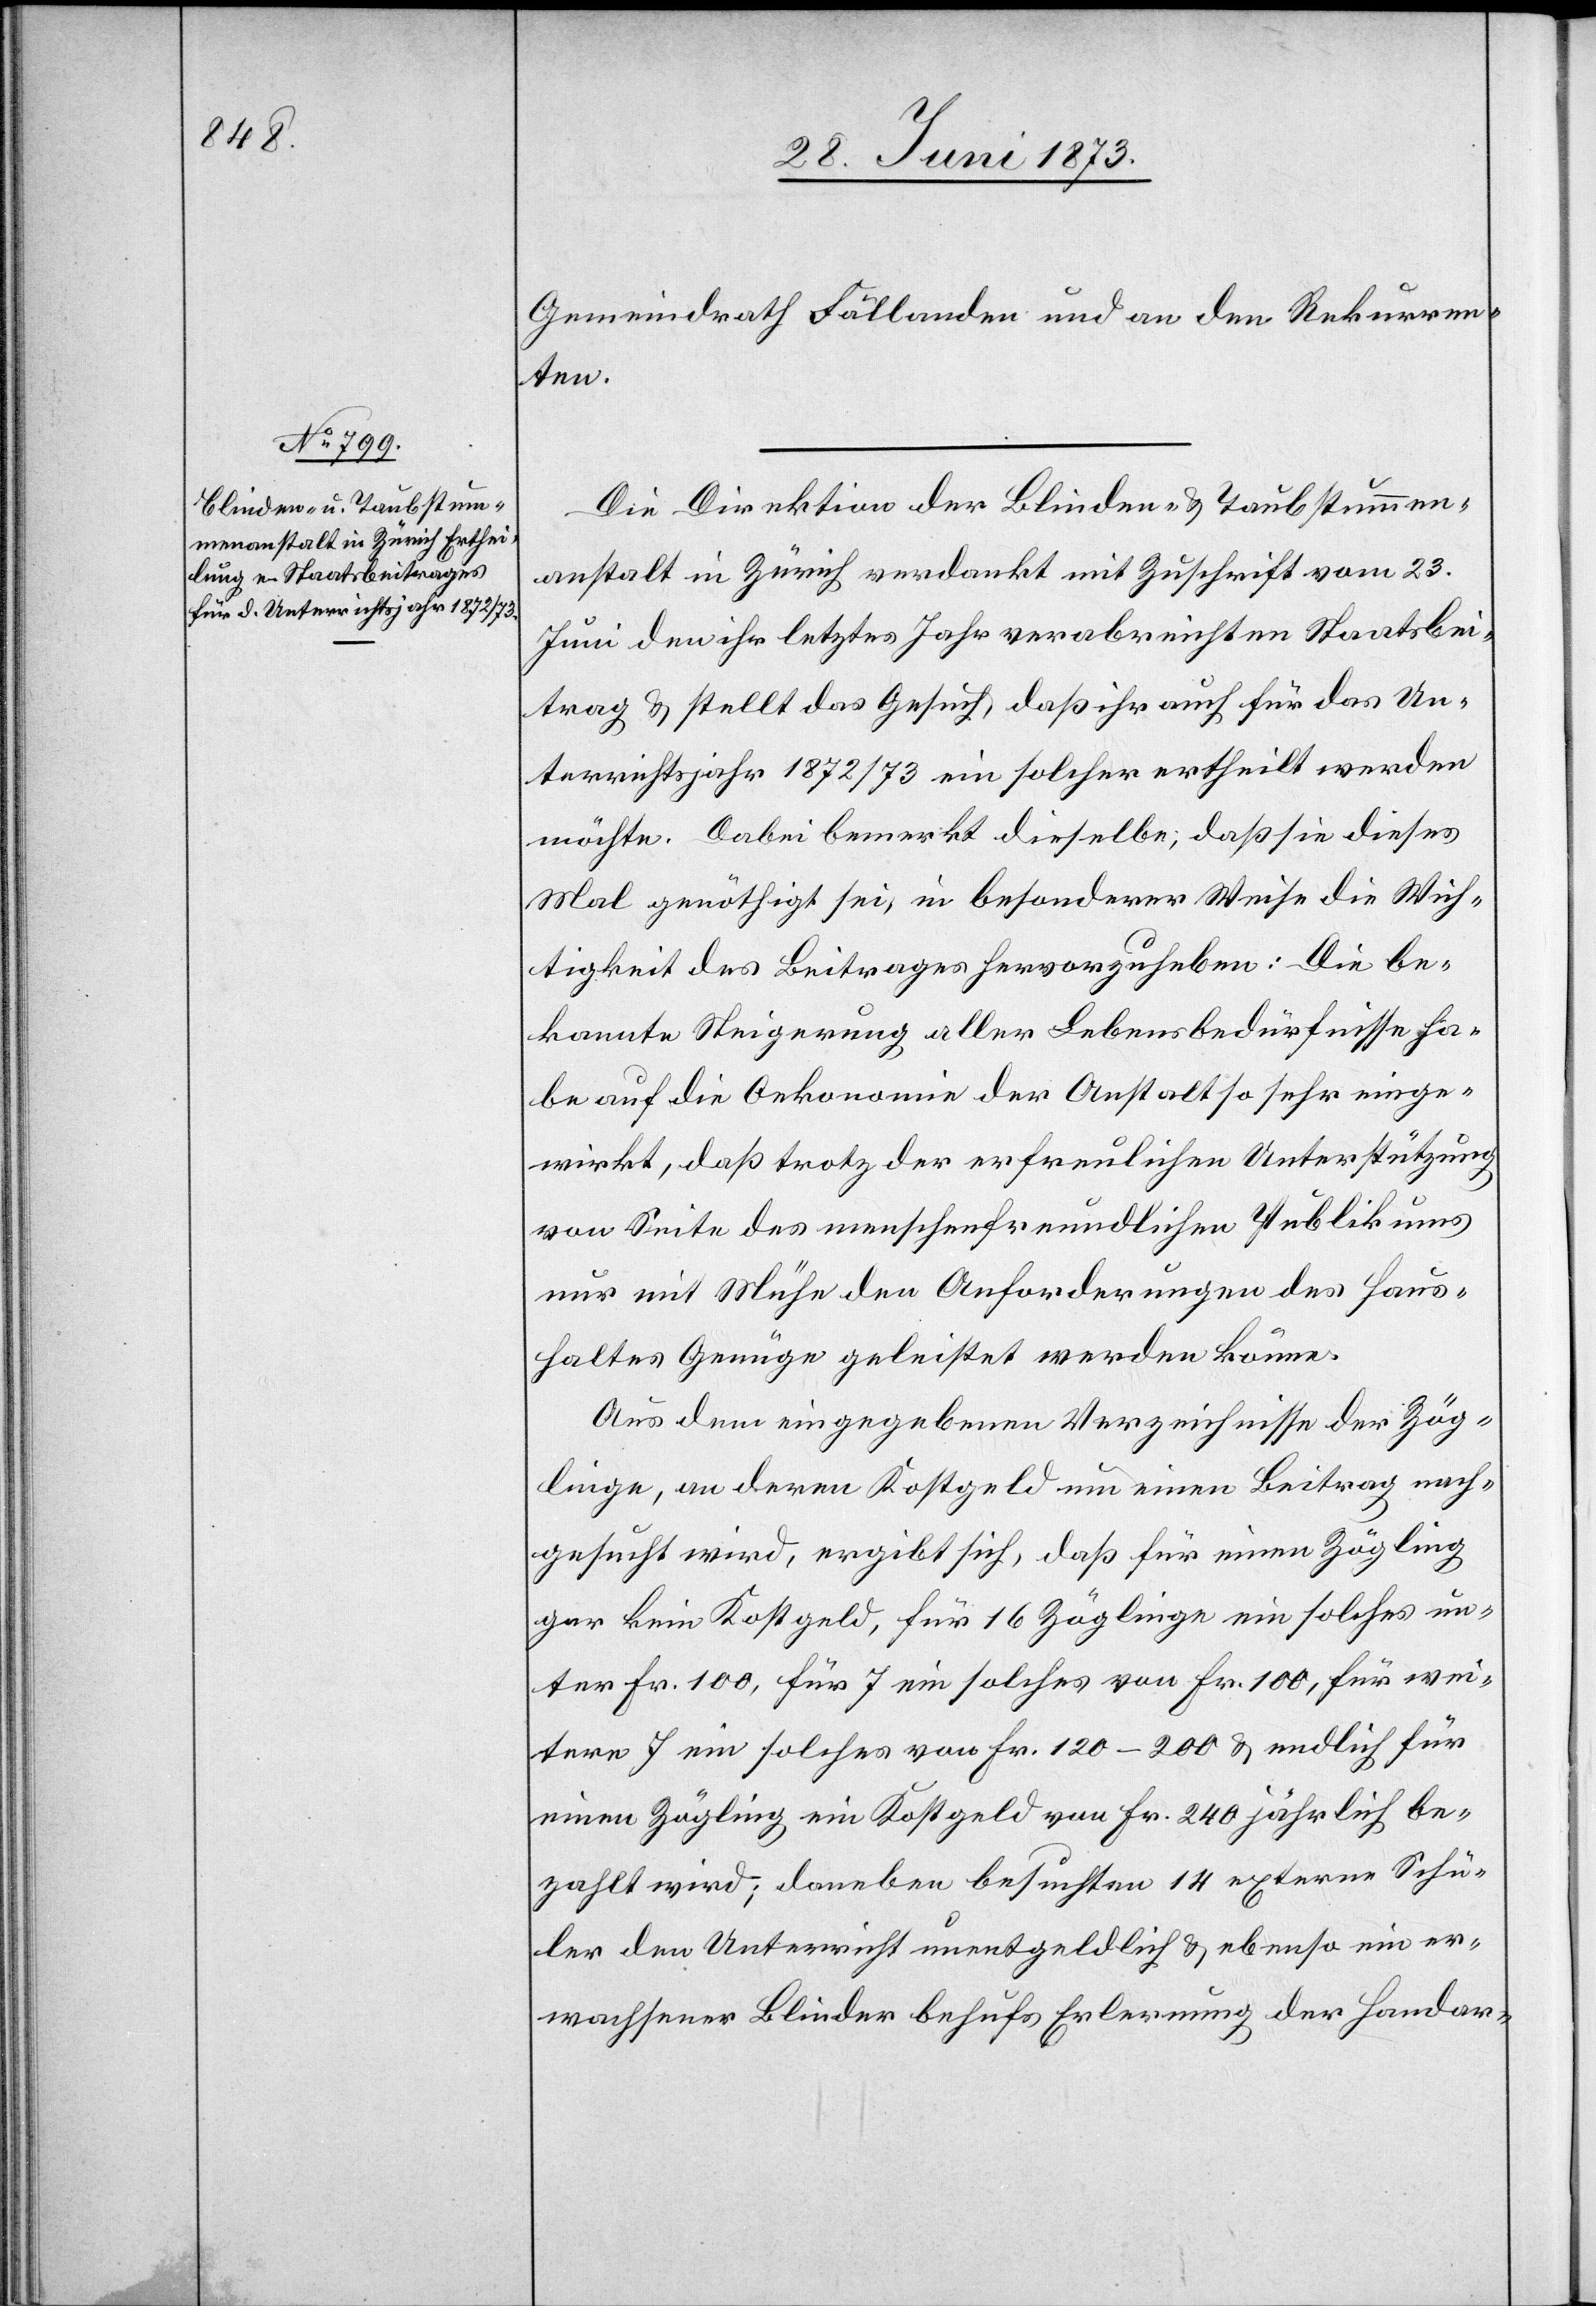
Gemeindrath Fällanden und an den Rekurren¬
ten.
Die Direktion der Blinden- & Taubstummen¬
anstalt in Zürich verdankt mit Zuschrift vom 23.
Juni den ihr letztes Jahr verabreichten Staatsbei¬
trag & stellt das Gesuch, daß ihr auch für das Un¬
terrichtsjahr 1872/73 ein solcher ertheilt werden
möchte. Dabei bemerkt dieselbe, daß sie dieses
Mal genöthigt sei, in besonderer Weise die Wich¬
tigkeit des Beitrages hervorzuheben: Die be¬
kannte Steigerung aller Lebensbedürfnisse ha¬
be auf die Oekonomie der Anstalt so sehr einge¬
wirkt, daß trotz der erfreulichen Unterstützung
von Seite des menschenfreundlichen Publikums
nur mit Mühe den Anforderungen des Haus¬
haltes Genüge geleistet werden könne.
Aus dem eingegebenen Verzeichnisse der Zög¬
linge, an deren Kostgeld um einen Beitrag nach¬
gesucht wird, ergibt sich, daß für einen Zögling
gar kein Kostgeld, für 16 Zöglinge ein solches un¬
ter Fr. 100, für 7 ein solches von Fr. 100, für wei¬
tere 7 ein solches von Fr. 120–200 & endlich für
einen Zögling ein Kostgeld von Fr. 240 jährlich be¬
zahlt wird; daneben besuchten 14 externe Schü¬
ler den Unterricht unentgeldlich & ebenso ein er¬
wachsener Blinder behufs Erlernung der Handar-